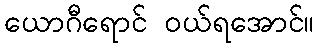
ယောဂီရောင် ဝယ်ရအောင်။